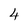
Character: 4